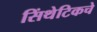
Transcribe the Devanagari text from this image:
सिंथेटिकचे